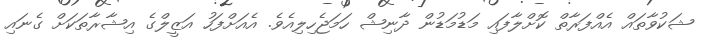
ޝަކުވާތައް އެއްފަރާތް ކޮށްލާފައި މަޑުމަޑުން ދާނިޝް ހަމަޖެހިލިއެވެ. އެއަށްފަހު އަޒީލްގެ އިޝާރާތަަކަށް ގެނައި